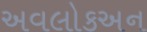
અવલોકઅન